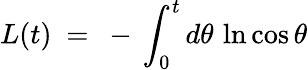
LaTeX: L(t)~=~-\, \int_{0}^{t}d\theta\, \ln\cos\theta